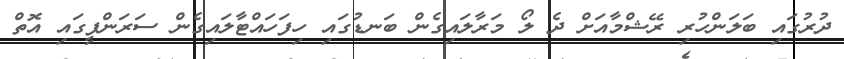
ދުރުގައި ބަލަންހުރި ރޭޝްމާއަށް ދެ ލޯ މަރާލައިގެން ބަނޑުގައި ހިފަހައްޓާލައިގެން ސަރަންފީގައި އޮތް